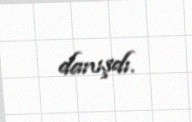
danışdı.